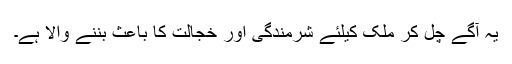
یہ آگے چل کر ملک کیلئے شرمندگی اور خجالت کا باعث بننے والا ہے۔